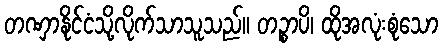
တဏှာနိုင်ငံသို့လိုက်သာသူသည်။ တဉ္စာပိ၊ ထိုအလုံးစုံသော